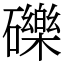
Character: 礫